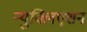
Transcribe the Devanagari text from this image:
न्युक्लिएशन